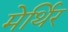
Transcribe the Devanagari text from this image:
मेर्थिर